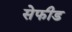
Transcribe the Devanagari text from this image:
सेफीड